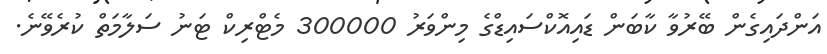
އަންދައިގެން ބޭރުވާ ކާބަން ޑައިއޮކްސައިޑްގެ މިންވަރު 300000 މެޓްރިކް ޓަނު ސަލާމަތް ކުރެވޭނެ.